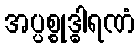
အပ္ပစ္စုဒ္ဓါရဏံ